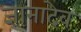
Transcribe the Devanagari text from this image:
ज्ञानादेव